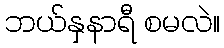
ဘယ်နှနာရီ စမလဲ။